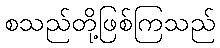
စသည်တို့ဖြစ်ကြသည်